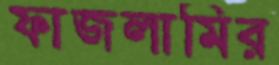
ফাজলামির